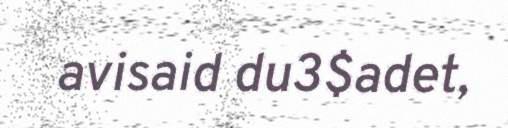
avisaid du3$adet,